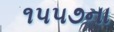
૧૫૫૭ના